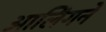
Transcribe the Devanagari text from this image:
आलिंगने